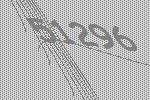
51296